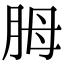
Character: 胟